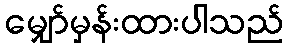
မျှော်မှန်းထားပါသည်